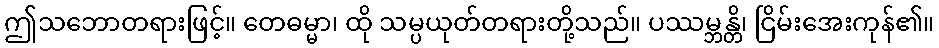
ဤသဘောတရားဖြင့်။ တေဓမ္မာ၊ ထို သမ္ပယုတ်တရားတို့သည်။ ပဿမ္ဘန္တိ၊ ငြိမ်းအေးကုန်၏။